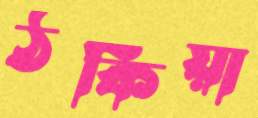
ঠকিয়া